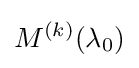
M^{(k)}(\lambda _{0})